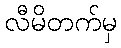
လီမိတက်မှ